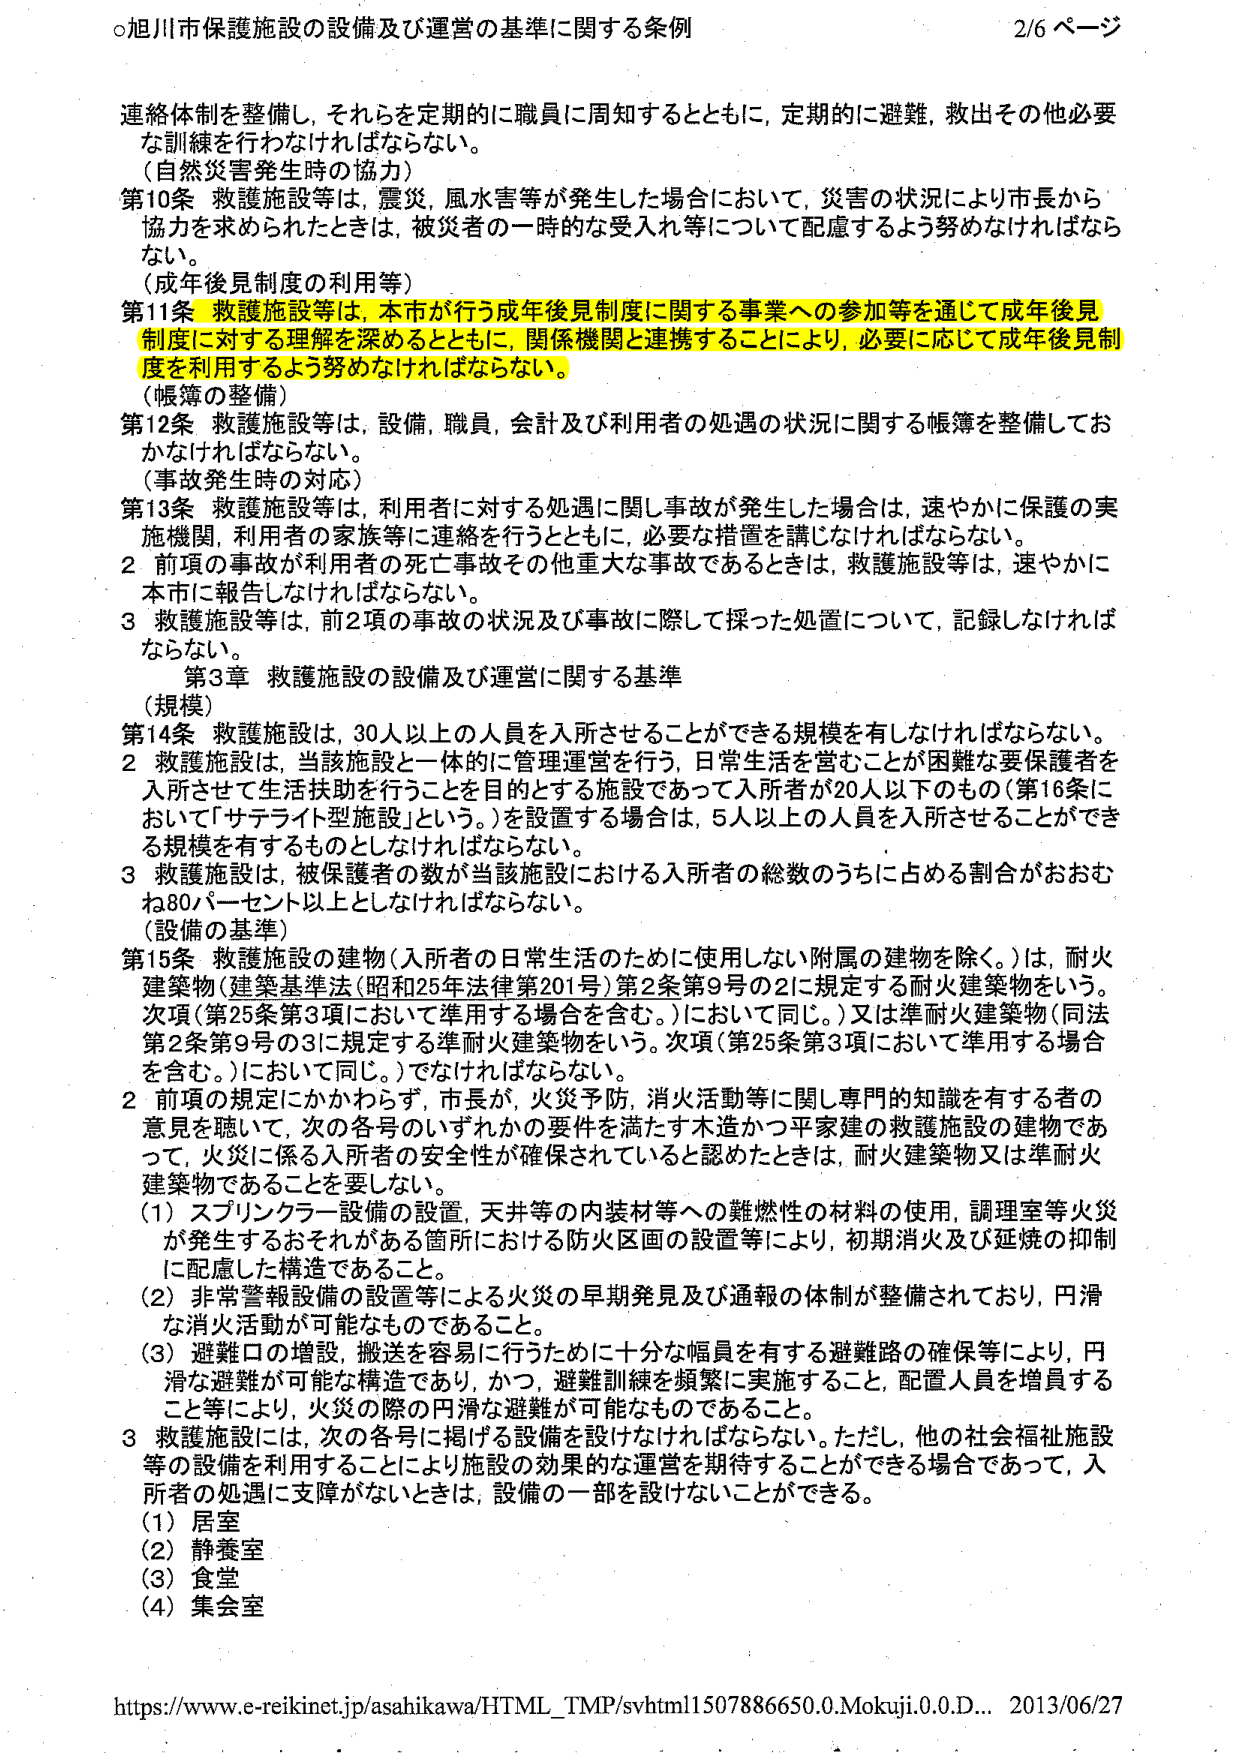
○旭川市保護施設の設備及び運営の基準に関する条例 2/6 ページ

連絡体制を整備し，それらを定期的に職員に周知するとともに，定期的に避難，救出その他必要
な訓練を行わなければならない。
（自然災害発生時の協力）
第10条 救護施設等は，震災，風水害等が発生した場合において，災害の状況により市長から
協力を求められたときは，被災者の一時的な受入れ等について配慮するよう努めなければなら
ない。
（成年後見制度の利用等）
第11条 救護施設等は，本市が行う成年後見制度に関する事業への参加等を通じて成年後見
制度に対する理解を深めるとともに，関係機関と連携することにより，必要に応じて成年後見制
度を利用するよう努めなければならない。
（帳簿の整備）
第12条 救護施設等は，設備，職員，会計及び利用者の処遇の状況に関する帳簿を整備してお
かなければならない。
（事故発生時の対応）
第13条 救護施設等は，利用者に対する処遇に関し事故が発生した場合は，速やかに保護の実
施機関，利用者の家族等に連絡を行うとともに，必要な措置を講じなければならない。
2 前項の事故が利用者の死亡事故その他重大な事故であるときは，救護施設等は，速やかに
本市に報告しなければならない。
3 救護施設等は，前2項の事故の状況及び事故に際して採った処置について，記録しなければ
ならない。
第3章 救護施設の設備及び運営に関する基準
（規模）
第14条 救護施設は，30人以上の人員を入所させることができる規模を有しなければならない。
2 救護施設は，当該施設と一体的に管理運営を行う，日常生活を営むことが困難な要保護者を
入所させて生活扶助を行うことを目的とする施設であって入所者が20人以下のもの（第16条に
おいて「サテライト型施設」という。）を設置する場合は，5人以上の人員を入所させることができ
る規模を有するものとしなければならない。
3 救護施設は，被保護者の数が当該施設における入所者の総数のうちに占める割合がおおむ
ね80パーセント以上としなければならない。
（設備の基準）
第15条 救護施設の建物（入所者の日常生活のために使用しない附属の建物を除く。）は，耐火
建築物（建築基準法（昭和25年法律第201号）第2条第9号の2に規定する耐火建築物をいう。
次項（第25条第3項において準用する場合を含む。）において同じ。）又は準耐火建築物（同法
第2条第9号の3に規定する準耐火建築物をいう。次項（第25条第3項において準用する場合
を含む。）において同じ。）でなければならない。
2 前項の規定にかかわらず，市長が，火災予防，消火活動等に関し専門的知識を有する者の
意見を聴いて，次の各号のいずれかの要件を満たす木造かつ平家建の救護施設の建物であ
って，火災に係る入所者の安全性が確保されていると認めたときは，耐火建築物又は準耐火
建築物であることを要しない。
（1）スプリンクラー設備，天井等の内装材等への難燃性の材料の使用，調理室等火災
が発生するおそれがある箇所における防火区画の設置等により，初期消火及び延焼の抑制
に配慮した構造であること。
（2）非常警報設備の設置等による火災の早期発見及び通報の体制が整備されており，円滑
な消火活動が可能なものであること。
（3）避難口の増設，搬送を容易に行うために十分な幅員を有する避難路の確保等により，円
滑な避難が可能な構造であり，かつ，避難訓練を頻繁に実施すること，配置人員を増員する
こと等により，火災の際の円滑な避難が可能なものであること。
3 救護施設は，次の各号に掲げる設備を設けなければならない。ただし，他の社会福祉施設
等の設備を利用することにより施設の効果的な運営を期待することができる場合であって，入
所者の処遇に支障がないときは，設備の一部を設けないことができる。
（1）居室
（2）静養室
（3）食堂
（4）集会室

https://www.e-reikinet.jp/asahikawa/HTML_TMP/svhtml1507886650.0.Mokuji.0.0.D... 2013/06/27